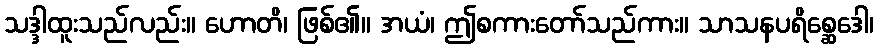
သဒ္ဒါထူးသည်လည်း။ ဟောတိ၊ ဖြစ်၏။ အယံ၊ ဤစကားတော်သည်ကား။ သာသနပရိစ္ဆေဒေါ၊